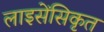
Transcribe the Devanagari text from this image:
लाइसेंसिकृत